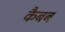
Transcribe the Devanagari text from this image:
कैबब